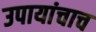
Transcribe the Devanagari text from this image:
उपायांचाच